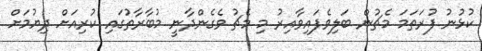
ކުޅުނު ފުރަތަމަ މެޗުން ބަލިވެފައިވާއިރު މި މެޗު ވެގެންދާނީ މުބާރާތުގައި ކުރިއަށް ދިޔުމަށް